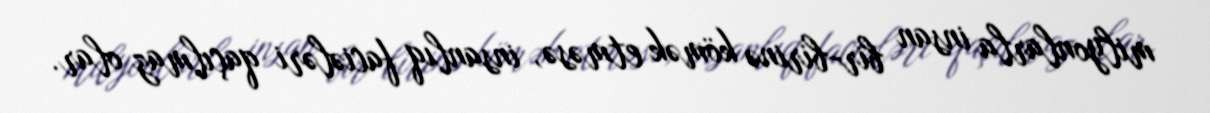
milyonlarla insan bir-birinə kömək etməsə, insanlıq faciələri qaçılmaz olar.